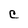
Character: C